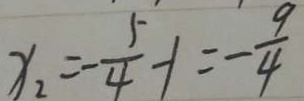
x _ { 2 } = - \frac { 5 } { 4 } - 1 = - \frac { 9 } { 4 }